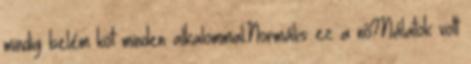
mindig belém köt minden alkalommal.Normális ez a nő?Nálatok volt